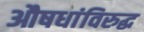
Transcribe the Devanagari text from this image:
औषधांविरुद्ध